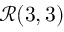
{ \mathcal { R } } ( 3 , 3 )